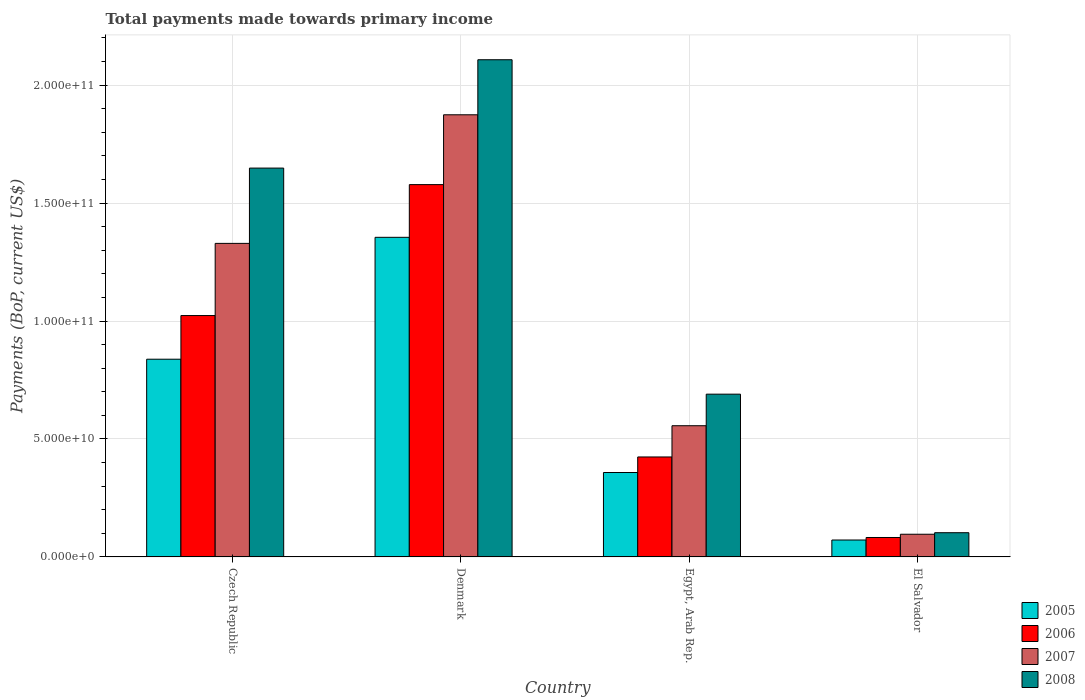
| Country | 2005 | 2006 | 2007 | 2008 |
 | --- | --- | --- | --- | --- |
 | Czech Republic | 8.38e+10 | 1.02e+11 | 1.33e+11 | 1.65e+11 |
 | Denmark | 1.35e+11 | 1.58e+11 | 1.87e+11 | 2.11e+11 |
 | Egypt, Arab Rep. | 3.58e+10 | 4.24e+10 | 5.56e+10 | 6.9e+10 |
 | El Salvador | 7.17e+09 | 8.24e+09 | 9.62e+09 | 1.03e+10 |